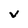
Character: v